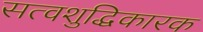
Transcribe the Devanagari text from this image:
सत्वशुद्धिकारक